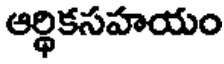
ఆర్థికసహయం